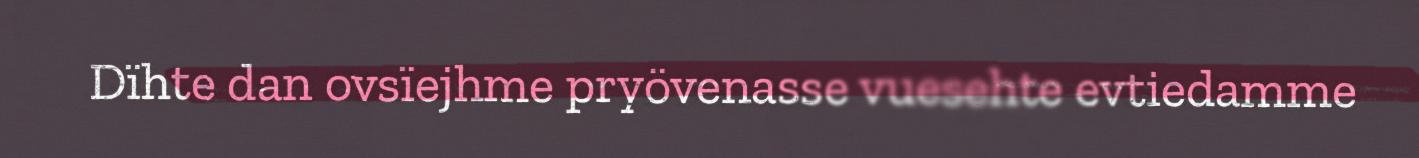
Dïhte dan ovsïejhme pryövenasse vuesehte evtiedamme